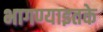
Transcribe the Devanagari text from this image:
भागण्याइतके